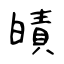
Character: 皟